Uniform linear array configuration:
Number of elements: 64
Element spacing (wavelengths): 0.75
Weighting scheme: blackman
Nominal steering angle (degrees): -45
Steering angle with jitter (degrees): -44.259
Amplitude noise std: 0.05
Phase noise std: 0.05

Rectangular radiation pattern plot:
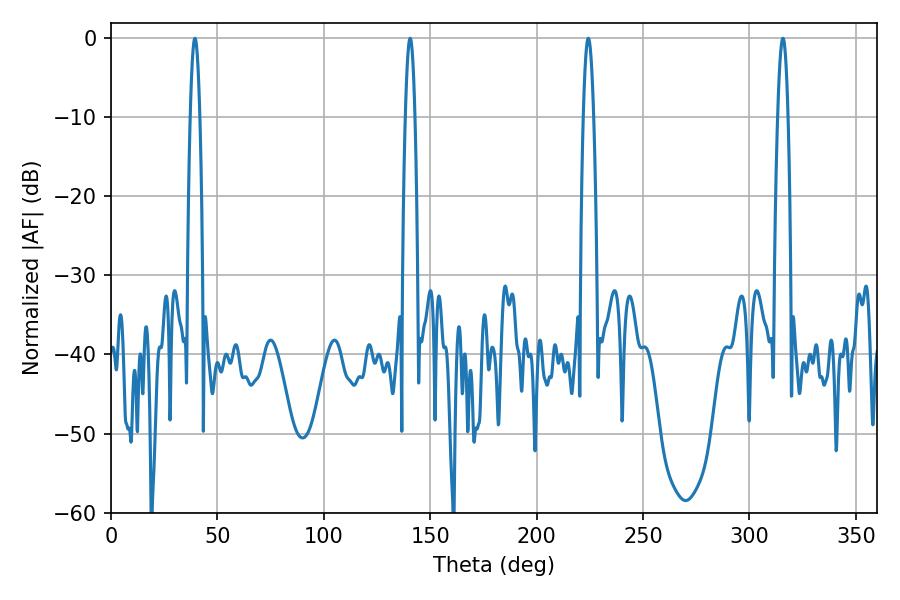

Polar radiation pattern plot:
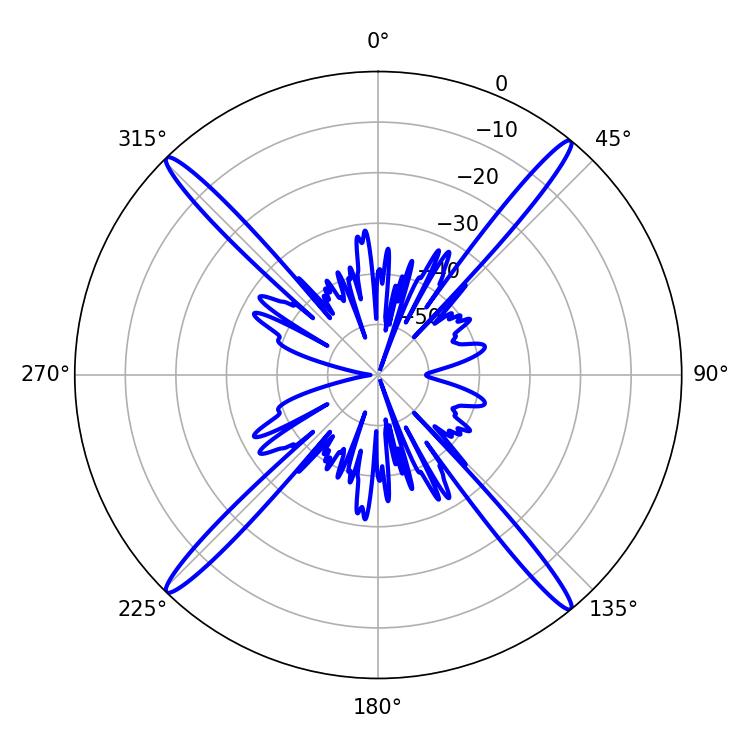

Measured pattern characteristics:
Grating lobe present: TRUE
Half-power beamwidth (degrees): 2.52
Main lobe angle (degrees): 224.28